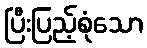
ပြီးပြည့်စုံသော